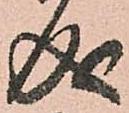
成